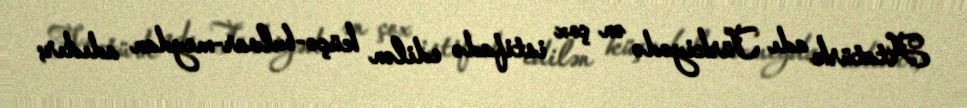
Atatürk adı Türkiyədə ən çox istifadə edilən küçə-bulvar-meydan adıdır;